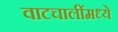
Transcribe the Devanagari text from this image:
वाटचालींमध्ये